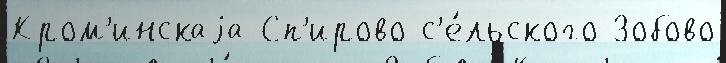
Кром'инскаjа Сп'ирово с'е́льского Зобово